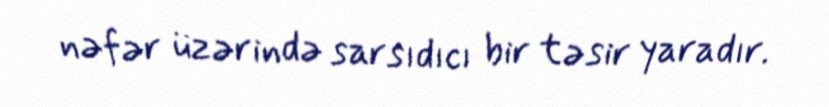
nəfər üzərində sarsıdıcı bir təsir yaradır.